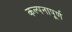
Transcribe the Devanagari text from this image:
कल्‍पनापूर्ण